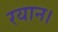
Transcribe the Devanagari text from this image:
रयान।